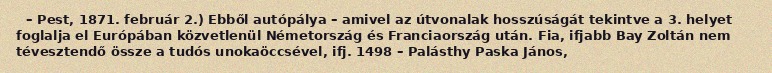
– Pest, 1871. február 2.) Ebből autópálya – amivel az útvonalak hosszúságát tekintve a 3. helyet foglalja el Európában közvetlenül Németország és Franciaország után. Fia, ifjabb Bay Zoltán nem tévesztendő össze a tudós unokaöccsével, ifj. 1498 – Palásthy Paska János,